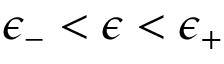
\: \epsilon _ { - } < \epsilon < \epsilon _ { + } \: